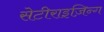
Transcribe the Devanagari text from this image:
सेटीराइज़िन्ग